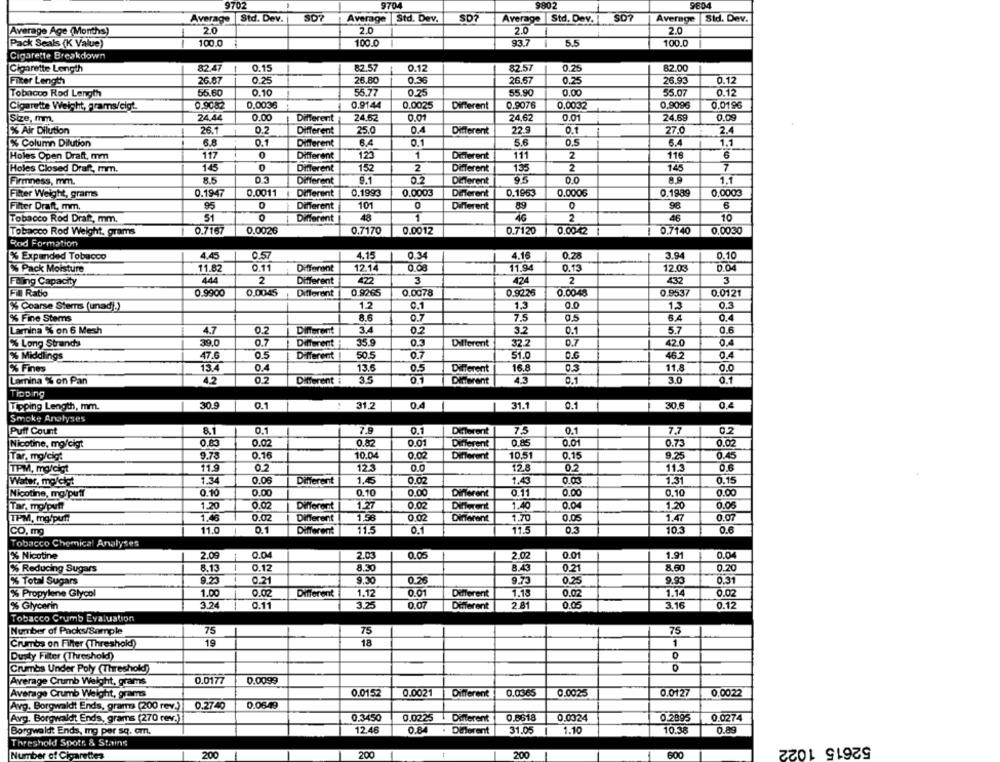
9702
9704
9802
9804
Average | Std. Dev.
507
Average |Std. Dev.
SD?
Average |Std. Dev. !
SD?
Average Sid. Dav.
Average Age (Months)
20
2.0
2.0
2.0
Pack Seals (K Value)
100.0
100.0
93.7
5.5
100.0
Cigarette Breakdown
Cigarette Length
82.47
1
0.15
82.57
0.12
82.57
0.25
82.00
Filter Length
26.87
0.25
26.80
0.36
26.57
0.25
26.93
0.12
56.60
0.10
55.77
55.90
0.00
55.07
0.12
Tobacco Rod Length
0.25
Cigarette Weight, grams/cigt.
0.9082
0.0036
0.9144
0,0025
Different
0.9076
0.0032
0.9096
0,0196
Size, mm.
24.44
0.00
Different
24.52
0.01
24.62
0.01
24.69
0.09
26.1
Different
25.0
0.4
22.9
0.1
27.0
2.4
% Air Dilution
Different
% Column Dilution
6.8
0.1
Different
6.4
0.1
5.6
0.5
5.4
1.
Holes Open Draft, mm
117
0
Different
123
1
Different
111
2
116
6
143
0
Different
152
2
Different
135
2
145
7
Holes Closed Draft, mm.
Firmness, mm.
8.5
Different
9.1
Different
95
0.0
8.9
1.1
Filter Weight, grams
0.1947
0.0011
Different
0.1993
0.0003
Different
0.1963
0.0006
0.1989
0.0003
Filter Draft, mm,
95
0
Different
101
89
0
98
6
Different
Tobacco Rod Draft, mm.
51
Different
48
1
46
2
46
10
Tobacco Rod Weight, grams
0.7167
0.0026
0.7170
0.0012
0.7120
0.0042
1
0.7140
0.0030
Rod Formation
% Expanded Tobacco
4.45
0.57
4.15
0.34
4.16
0.28
3.94
0.10
12.14
0.08
11.94
0.04
% Pack Moisture
11.82
0.11
Different
0.13
12.03
Faling Capacity
444
2
Different
477
3
424
2
432
3
Fill Ratio
0.9900
0.0045
Different
0.9265
0.0078
0.9225
0.0048
0.9537
0.0121
% Coarse Stems (unad))
1.2
0.1
1,3
0.3
13
% Fine Stems
8.6
0.7
7.5
6.4
0.4
Lamina % on 6 Mesh
4.7
0.2
Different
3.4
3.2
0.1
5.7
0.6
% Long Strands
39.0
0.7
Different
35.9
Different
32.2
420
0.4
% Middlings
47.6
0.5
Different
50.5
0.7
51.0
O.G
46.2
0.4
15.4
0.4
11.8
0.0
% Fines
13.6
0.5
Different
16.8
Lamina % on Pan
4.2
0.2
Different i
3.5
0.1
Diferent
4.3
0.1
3.0
Tipping
30.9
0.1
0.4
31.1
0.1
30.6
0.4
Toping Length, mm.
31.2
Smoke Analyses
Puff Count
8.1
0.1
7.9
0.1
Different
75
0.1
7.7
0.2
0.83
0.02
0.82
0.01
Different
0.85
0.01
0.73
0.02
Nicotine, mo/cigt
Tar, mo/cigt
9.78
0.16
10.04
0.02
Different
10.51
0.15
9.25
0.45
TPM, mg/cigt
11.9
0.2
12.3
0.0
12.8
0.2
11.3
0.6
1.34
0.06
Different
1.45
0.02
1.43
0.05
1.31
0.15
Water, mo/ciet
Nicotine, mg/puff
0.10
0.00
0.10
0.00
Different
0.11
0.00
0.10
0.00
0.06
Tar, mo/puff
1.20
0.02
Different
0.02
Different
1.40
0.04
1.20
TPM, mg/puf!
1.48
0.02
Different
1.58
0.02
Different
1.70
0.05
1.47
0.07
CO, mg
11.0
0.1
Different
11.5
0.1
11.5
10.3
0.6
Tobacco Chemical Analyses
% Nicotine
2.09
0.04
2.03
0.05
2.02
0.01
1.91
0.04
% Reducing Sugars
8.13
1
0.12
8.30
8.43
0.21
8.50
0.20
% Total Sugars
9.23
0.21
9.30
0.26
9.73
0.25
9.93
0.31
% Propylene Glycol
1.00
0.02
Different
1.12
0.01
Different
1.18
0.02
1.14
0.02
% Glycerin
3.24
0.11
3.25
0.07
Different
2.81
0.05
3.16
0.12
Tobacco Crumb Evaluation
Number of Packs/Sample
75
75
75
Crumbs on Filter (Threshold!)
19
18
1
Dusty Filter (Threshold!)
Crumbs Under Poly (Threshold)
Average Crumb Weight, grams
0.0177
0.0099
Average Crumb Weight, grams
0.0152
0.0021
Different
0.0365
0.0025
0.0127
0.0022
Avg. Borgwaldt Ends, grams (200 rev.)
0.2740
0.0649
0.8618
0.0324
0.0274
Avg. Borgwaldt Ends, grams (270 rev.)
0.3450
0.0225
Different
0.2895
Borgwald? Ends, mg per sq. om,
12.46
0.84 . Different
31.05
1.10
10.38
0.89
Threshold Spotr. & Stains
52615 1022
200
200
200
Number of Cigarettes